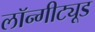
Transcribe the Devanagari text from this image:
लॉन्गीट्यूड